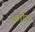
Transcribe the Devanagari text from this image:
अतीतः